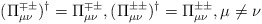
\begin{align*}(\Pi^{\mp\pm}_{\mu\nu})^\dag=\Pi^{\mp\pm}_{\mu\nu}, (\Pi^{\pm\pm}_{\mu\nu})^\dag=\Pi^{\pm\pm}_{\mu\nu}, \mu\neq\nu\end{align*}